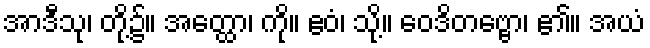
အာဒီသု၊ တို့၌။ အတ္ထော၊ ကို။ ဧဝံ၊ သို့။ ဝေဒိတဗ္ဗော၊ ၏။ အယံ